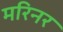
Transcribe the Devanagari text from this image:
मरिनर